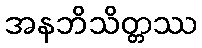
အနဘိသိတ္တဿ